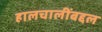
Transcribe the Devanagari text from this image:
हालचालींबद्दल